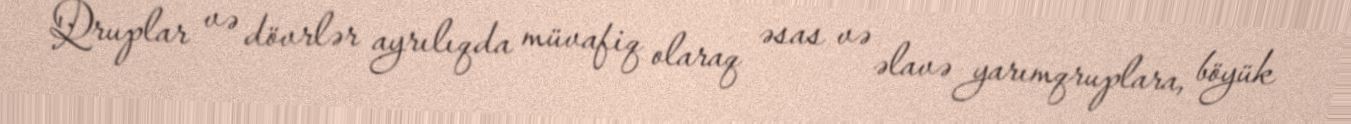
Qruplar və dövrlər ayrılıqda müvafiq olaraq əsas və əlavə yarımqruplara, böyük